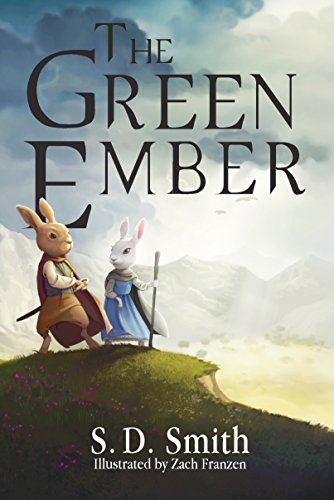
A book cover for The Green Ember; S. D. Smith; Literature & Fiction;